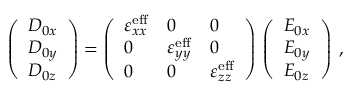
\left( \begin{array} { l } { D _ { 0 x } } \\ { D _ { 0 y } } \\ { D _ { 0 z } } \end{array} \right) = \left( \begin{array} { l l l } { \varepsilon _ { x x } ^ { \mathrm { e f f } } } & { 0 } & { 0 } \\ { 0 } & { \varepsilon _ { y y } ^ { \mathrm { e f f } } } & { 0 } \\ { 0 } & { 0 } & { \varepsilon _ { z z } ^ { \mathrm { e f f } } } \end{array} \right) \, \left( \begin{array} { l } { E _ { 0 x } } \\ { E _ { 0 y } } \\ { E _ { 0 z } } \end{array} \right) \: ,